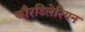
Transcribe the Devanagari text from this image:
कौरडिलेरियन